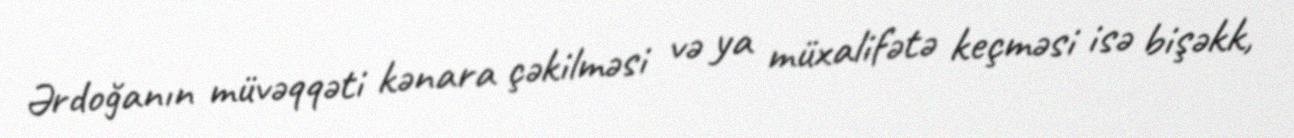
Ərdoğanın müvəqqəti kənara çəkilməsi və ya müxalifətə keçməsi isə bişəkk,